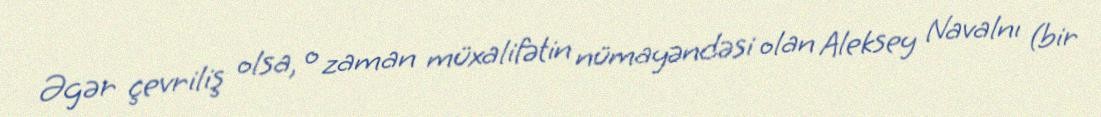
Əgər çevriliş olsa, o zaman müxalifətin nümayəndəsi olan Aleksey Navalnı (bir